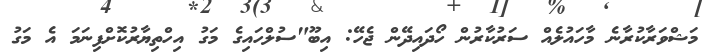
މަޝްވަރާކުރާނެ މާހައުލެއް ސަރުކާރުން ހޯދައިދޭން ޖެހޭ: އިބޫ"ސުލްހައިގެ މަގު އިހްތިޔާރުކޮށްފިނަމަ އެ މަގު